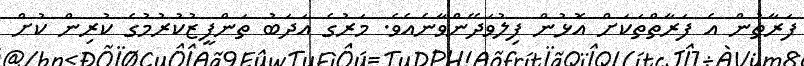
ފަރާތުން އެ ފަރާތްތަކަށް އޮޅުން ފިލުވަދޭންވާނެއެވެ. މަރުގެ އަދަބު ތަންފީޒުކުރުމުގެ ކުރިން ކުށް